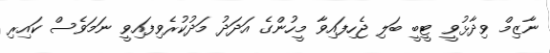
ނާޒިމް ވިދާޅުވީ ޓީބީ ބަލި ޖެހިފައިވާ މީހުންގެ އަދަދު މަދުކުރެވިފައިވީ ނަމަވެސް ކައިރި